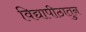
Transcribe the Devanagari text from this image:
विद्यापीठातुन